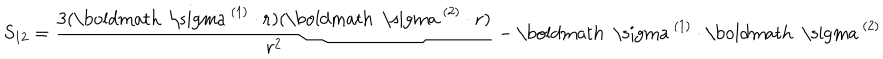
LaTeX: S _ { 1 2 } = \frac { 3 ( \mathrm { \boldmath ~ \ s i g m a ~ } ^ { ( 1 ) } \cdot { \bf r } ) ( \mathrm { \boldmath ~ \ s i g m a ~ } ^ { ( 2 ) } \cdot { \bf r } ) } { r ^ { 2 } } - \mathrm { \boldmath ~ \ s i g m a ~ } ^ { ( 1 ) } \cdot \mathrm { \boldmath ~ \ s i g m a ~ } ^ { ( 2 ) }